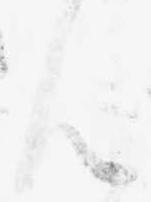
ん